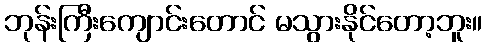
ဘုန်းကြီးကျောင်းတောင် မသွားနိုင်တော့ဘူး။